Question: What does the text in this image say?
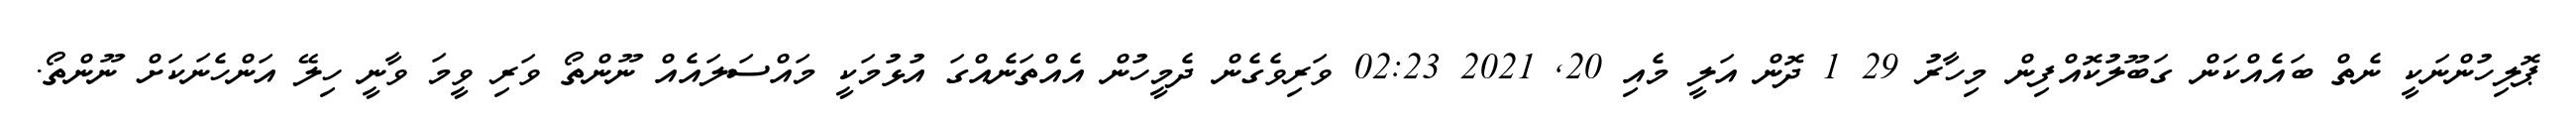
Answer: ޕޮލިހުންނަކީ ނެތް ބައެއްކަން ގަބޫލުކޮއްފިން މިހާރު 29 1 ދޮން އަލީ މެއި 20, 2021 02:23 ވަރިވެގެން ދެމީހުން އެއްތަނެއްގަ އުޅުމަކީ މައްސަލައެއް ނޫންތޯ ވަރި ވީމަ ވާނީ ހިލޭ އަންހެނަކަށް ނޫންތޯ.